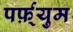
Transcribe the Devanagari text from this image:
पर्फ़्युम